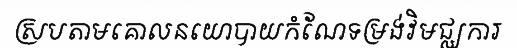
ស្របតាមគោលនយោបាយកំណែទម្រង់វិមជ្ឈការ